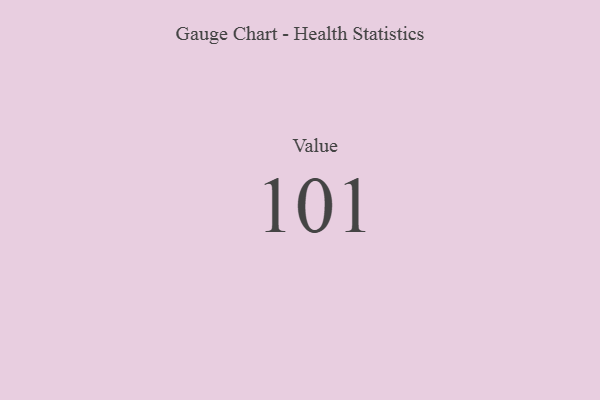
{"axis": {"x": "Metric", "y": "Value"}, "legend": [""], "data": [{"x": "Value", "y": 101, "type": ""}]}